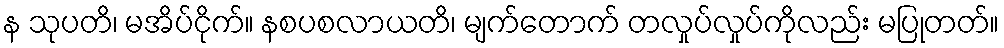
န သုပတိ၊ မအိပ်ငိုက်။ နစပစလာယတိ၊ မျက်တောက် တလှုပ်လှုပ်ကိုလည်း မပြုတတ်။